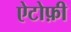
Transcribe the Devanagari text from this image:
ऐटोफ़ी